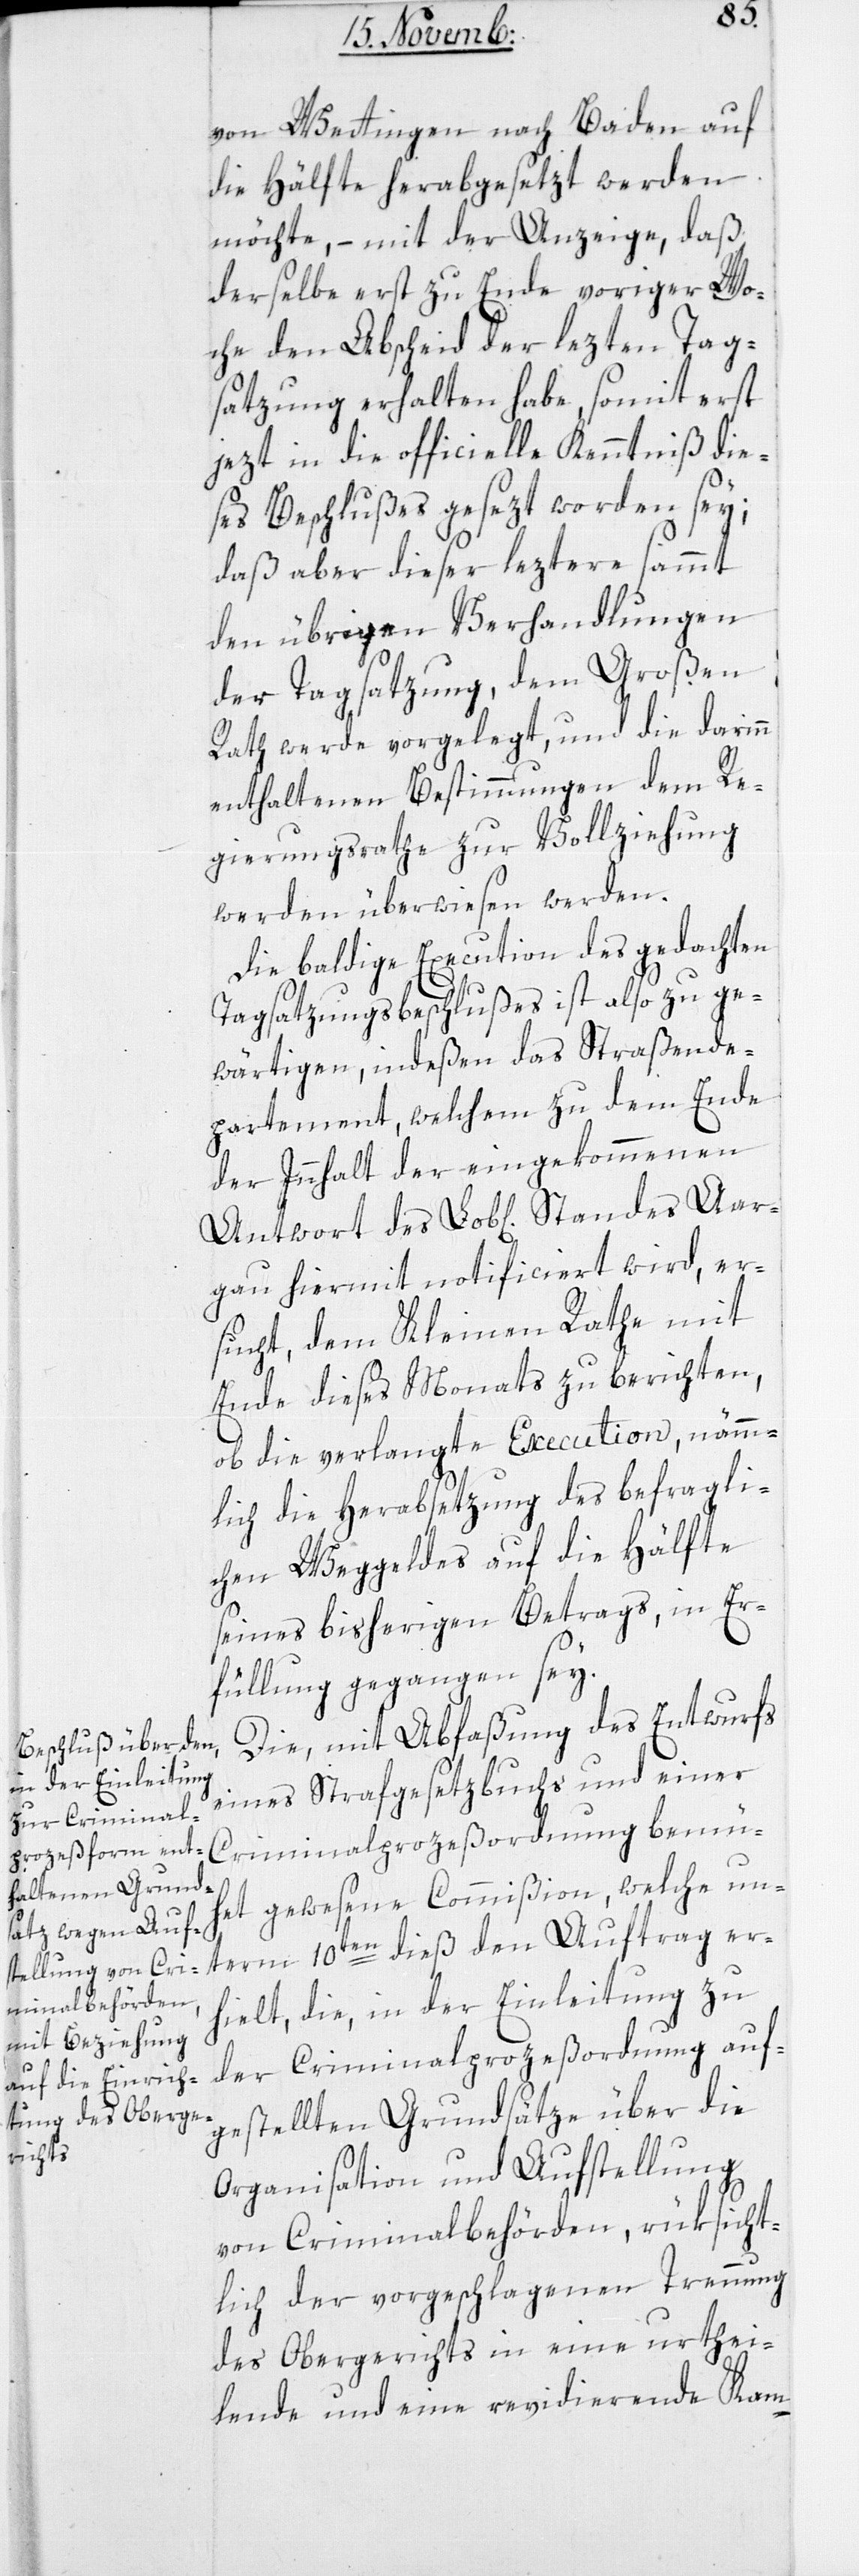
von Wettingen nach Baden, auf
die Hälfte herabgesezt werden
möchte, – mit der Anzeige, daß
derselbe erst zu Ende voriger Wo¬
che den Abscheid der lezten Tag¬
satzung erhalten habe, somit erst
jezt in die officielle Kenntniß die¬
ses Beschlußes gesezt worden sey;
daß aber dieser leztere sammt
den übrigen Verhandlungen
der Tagsatzung, dem Großen
Rath werde vorgelegt, und die darinn
enthaltenen Bestimmungen dem Re¬
gierungsrathe zur Vollziehung
werden überwiesen werden.
Die baldige Execution des gedachten
Tagsatzungsbeschlußes ist also zu ge¬
wärtigen, indeßen das Straßende¬
partement, welchem zu dem Ende
der Inhalt der eingekommenen
Antwort des Lob[lichen] Standes Aar¬
gau hiermit notificiert wird, er¬
sucht, dem Kleinen Rathe mit
Ende dieses Monats zu berichten,
ob die verlangte Execution, nämm¬
lich die Herabsetzung des befragli¬
chen Weggeldes auf die Hälfte
seines bisherigen Betrags, in Er¬
füllung gegangen sey.
Die mit Abfaßung des Entwurfs
eines Strafgesetzbuchs und einer
Criminalprozeßordnung bemü¬
het gewesene Commißion, welche un¬
term 10ten dieß den Auftrag er¬
hielt, die, in der Einleitung zu
der Criminalprozeßordnung auf¬
gestellten Grundsätze über die
Organisation und Aufstellung
von Criminalbehörden, rüksicht¬
lich der vorgeschlagenen Trennung
des Obergerichts in eine urthei¬
lende und eine revidierende Kam-